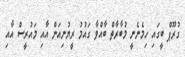
ގުރޫޕް ބީގައި ހިމެނެނީ މުބާރާތް ބާއްވާ ގައުމު ރީޔުނިއަން އާއި މައުރީސް އާއި